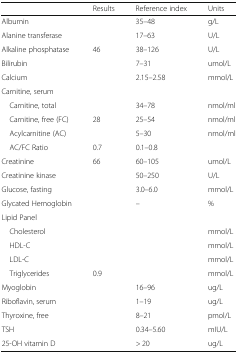
<table><thead><tr><td>[EMPTY_CELL]</td><td><b>Results</b></td><td><b>Reference index</b></td><td><b>Units</b></td></tr></thead><tbody><tr><td>Albumin</td><td>[EMPTY_CELL]</td><td>35–48</td><td>g/L</td></tr><tr><td>Alanine transferase</td><td>[EMPTY_CELL]</td><td>17–63</td><td>U/L</td></tr><tr><td>Alkaline phosphatase</td><td>46</td><td>38–126</td><td>U/L</td></tr><tr><td>Bilirubin</td><td>[EMPTY_CELL]</td><td>7–31</td><td>umol/L</td></tr><tr><td>Calcium</td><td>[EMPTY_CELL]</td><td>2.15–2.58</td><td>mmol/L</td></tr><tr><td colspan="4">Carnitine, serum</td></tr><tr><td> Carnitine, total</td><td>[EMPTY_CELL]</td><td>34–78</td><td>nmol/ml</td></tr><tr><td> Carnitine, free (FC)</td><td>28</td><td>25–54</td><td>nmol/ml</td></tr><tr><td> Acylcarnitine (AC)</td><td>[EMPTY_CELL]</td><td>5–30</td><td>nmol/ml</td></tr><tr><td> AC/FC Ratio</td><td>0.7</td><td>0.1–0.8</td><td>[EMPTY_CELL]</td></tr><tr><td>Creatinine</td><td>66</td><td>60–105</td><td>umol/L</td></tr><tr><td>Creatinine kinase</td><td>[EMPTY_CELL]</td><td>50–250</td><td>U/L</td></tr><tr><td>Glucose, fasting</td><td>[EMPTY_CELL]</td><td>3.0–6.0</td><td>mmol/L</td></tr><tr><td>Glycated Hemoglobin</td><td>[EMPTY_CELL]</td><td>–</td><td>%</td></tr><tr><td colspan="4">Lipid Panel</td></tr><tr><td> Cholesterol</td><td>[EMPTY_CELL]</td><td>[EMPTY_CELL]</td><td>mmol/L</td></tr><tr><td> HDL-C</td><td>[EMPTY_CELL]</td><td>[EMPTY_CELL]</td><td>mmol/L</td></tr><tr><td> LDL-C</td><td>[EMPTY_CELL]</td><td>[EMPTY_CELL]</td><td>mmol/L</td></tr><tr><td> Triglycerides</td><td>0.9</td><td>[EMPTY_CELL]</td><td>mmol/L</td></tr><tr><td>Myoglobin</td><td>[EMPTY_CELL]</td><td>16–96</td><td>ug/L</td></tr><tr><td>Riboflavin, serum</td><td>[EMPTY_CELL]</td><td>1–19</td><td>ug/L</td></tr><tr><td>Thyroxine, free</td><td>[EMPTY_CELL]</td><td>8–21</td><td>pmol/L</td></tr><tr><td>TSH</td><td>[EMPTY_CELL]</td><td>0.34–5.60</td><td>mIU/L</td></tr><tr><td>25-OH vitamin D</td><td>[EMPTY_CELL]</td><td>&gt; 20</td><td>ug/L</td></tr></tbody></table>